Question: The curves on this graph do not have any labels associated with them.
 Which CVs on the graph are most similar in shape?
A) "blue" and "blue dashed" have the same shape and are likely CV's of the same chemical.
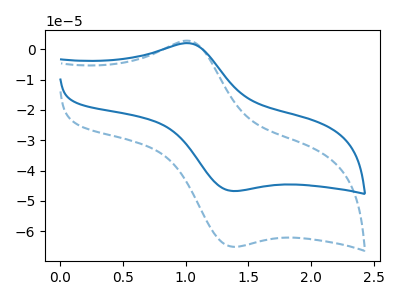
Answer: <think>The blue dashed curve "blue dashed" has an anodic peak at (1.05V, 2.70uA) and a cathodic peak at (1.40V, -65.10uA). The blue curve "blue" has an anodic peak at (1.05V, 1.95uA) and a cathodic peak at (1.40V, -46.70uA).
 All the peaks in "blue dashed" have a peak in "blue" at the same potential. Every peak in "blue dashed" is higher than every peak in "blue".</think>
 <answer>A) "blue" and "blue dashed" have the same shape and are likely CV's of the same chemical.</answer>
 <eval>A</eval>